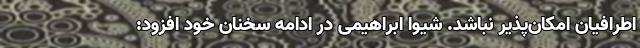
اطرافیان امکان‌پذیر نباشد. شیوا ابراهیمی در ادامه سخنان خود افزود: